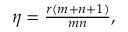
\begin{array} { r } { \eta = \frac { r ( m + n + 1 ) } { m n } , } \end{array}